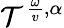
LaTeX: \mathcal{T}^{\frac{\omega}{v},\alpha}